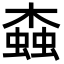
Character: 螙